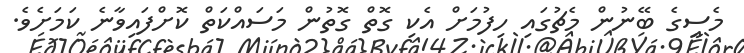
މެސީގެ ބޭނުން މެޗުގައި ހިފުމަށް އެކި ގޮތް ގޮތުން މަސައްކަތް ކޮށްފައިވާނެ ކަމަށެވެ.